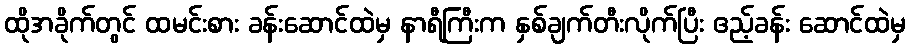
ထိုအခိုက်တွင် ထမင်းစား ခန်းဆောင်ထဲမှ နာရီကြီးက နှစ်ချက်တီးလိုက်ပြီး ဧည့်ခန်း ဆောင်ထဲမှ